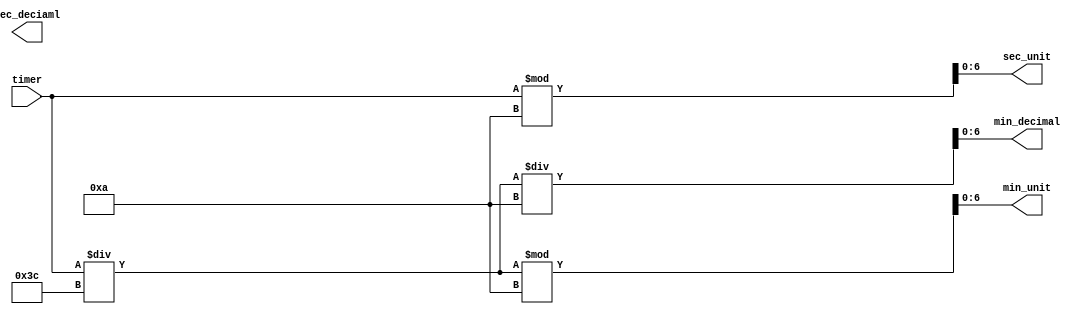
`timescale 1ns / 1ps
//////////////////////////////////////////////////////////////////////////////////
// Company: 
// Engineer: 
// 
// Design Name: 
// Module Name: time_divider
// Project Name: 
// Target Devices: 
// Tool Versions: 
// Description: 
// 
// Dependencies: 
// 
// Revision:
// Revision 0.01 - File Created
// Additional Comments:
// 
//////////////////////////////////////////////////////////////////////////////////


module time_divider(
    input [10:0] timer,
    output [6:0] min_decimal, min_unit, sec_deciaml, sec_unit
    );
    assign min_decimal = timer / 60 / 10;
    assign min_unit = timer / 60 % 10;
    assign sec_decimal = timer % 60 / 10;
    assign sec_unit = timer % 10;
endmodule